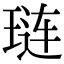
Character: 琏